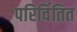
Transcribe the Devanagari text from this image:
परिर्वितित